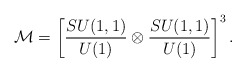
\begin{align*}{\cal M}=\left[{SU(1,1)\over U(1)}\otimes {SU(1,1)\over U(1)}\right]^3.\end{align*}